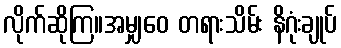
လိုက်ဆိုကြ။အမျှဝေ တရားသိမ်း နိဂုံးချုပ်